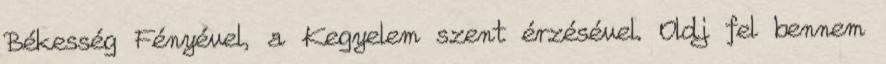
Békesség Fényével, a Kegyelem szent érzésével. Oldj fel bennem